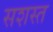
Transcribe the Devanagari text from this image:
सशस्त